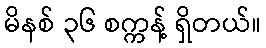
မိနစ် ၃၆ စက္ကန့် ရှိတယ်။